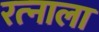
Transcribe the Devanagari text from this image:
रत्‍नाला